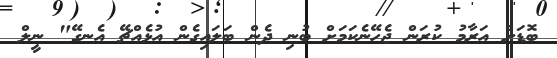
ބޮޑަށް އަރާމު ކުރަން ޖެހޭނެކަމަށް ބުނި ދެން ބަލައިގެން އުޅެއްޗޭ އެނގޭ" ނީލް